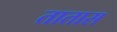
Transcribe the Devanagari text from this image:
तातास